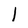
Character: l